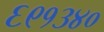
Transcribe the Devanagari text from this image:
६९१३४०